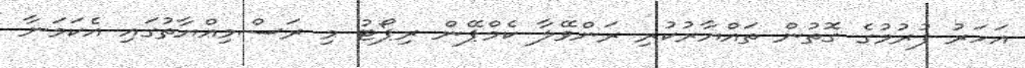
އަހަރު ފުރުމުގެ ގޮތުން ތައްޔާރުކުރި ރަންވޭލާ ކެމްޕޭން ރިޕޯޓު މި ރަސްމިއްޔާތުގައި އެކަމަނާ